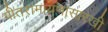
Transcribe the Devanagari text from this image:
गीतरामायणासारखी